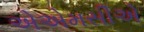
એએમસીએ